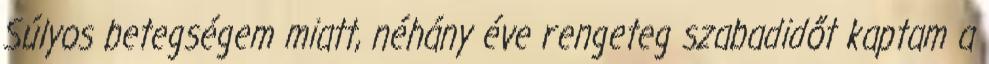
Súlyos betegségem miatt, néhány éve rengeteg szabadidőt kaptam a